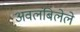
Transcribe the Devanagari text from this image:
अवलंबिलेले